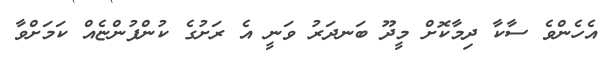
އެހެންވެ ސާކާ ދިމާކޮށް މީދޫ ބަނދަރު ވަނީ އެ ރަށުގެ ކުންފުންޏެއް ކަމަށްވާ